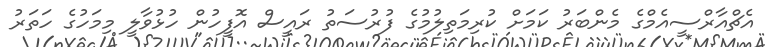
އެޗްއާރްސީއެމްގެ މެންބަރު ކަމަށް ކުރިމަތިލުމުގެ ފުރުސަތު ރައީސް އޮފީހުން ހުޅުވާލީ މިމަހުގެ ހަތަރު